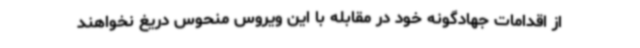
از اقدامات جهادگونه خود در مقابله با این ویروس منحوس دریغ نخواهند